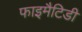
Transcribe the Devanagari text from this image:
फाइमैटिडी